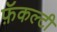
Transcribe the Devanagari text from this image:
फ़ॅकल्टी